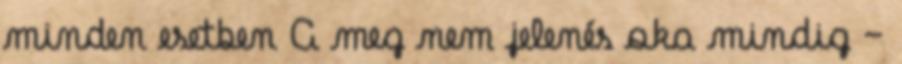
minden eset­ben A meg nem jelenés oka mindig –